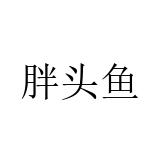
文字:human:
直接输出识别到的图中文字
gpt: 胖头鱼